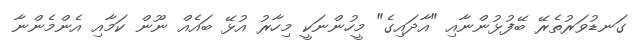
ގަނޑުވަރުތެރޭ ބޭފުޅުންނާއި "އާދައިގެ" މީހުންނަކީ މިހާރު އުޅޭ ބައެއް ނޫން ކަމާއި އެންމެންނާ